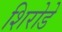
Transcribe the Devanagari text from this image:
शिरोडे